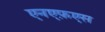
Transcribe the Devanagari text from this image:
एनएफ़एस